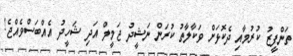
ތަންފީޒު ކުރުމާއި ދެކޮޅަށް ވަކާލާތު ކުރަން ނަޝީދު ޖަމީލް އަދި ޝަހީދު އެއްބަސްވެއްޖެ!